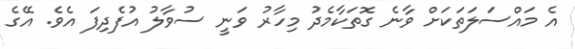
އެ މައްސަލަތަކަށް ވާނެ ގޮތަކާމެދު މިހާރު ވަނީ ސުވާލު އުފެދިފަ އެވެ. އޭގެ